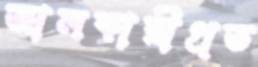
জালকারীপ্রত